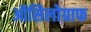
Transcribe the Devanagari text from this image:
ऑसिलोग्राफ